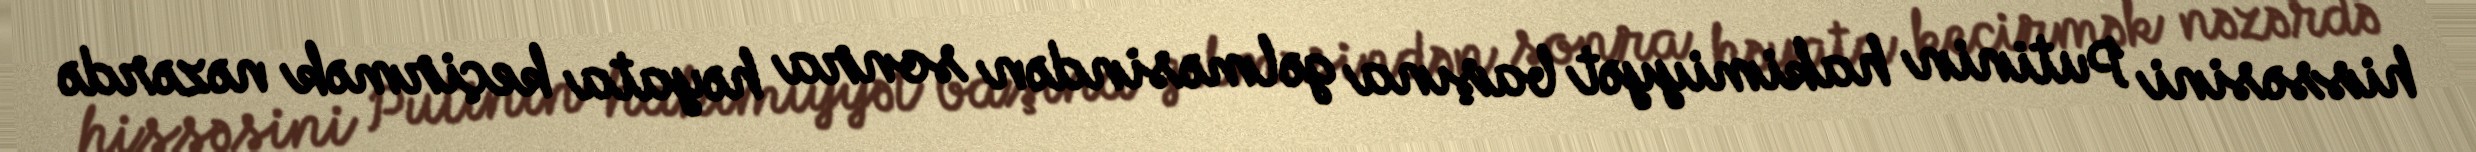
hissəsini Putinin hakimiyyət başına gəlməsindən sonra həyata keçirmək nəzərdə